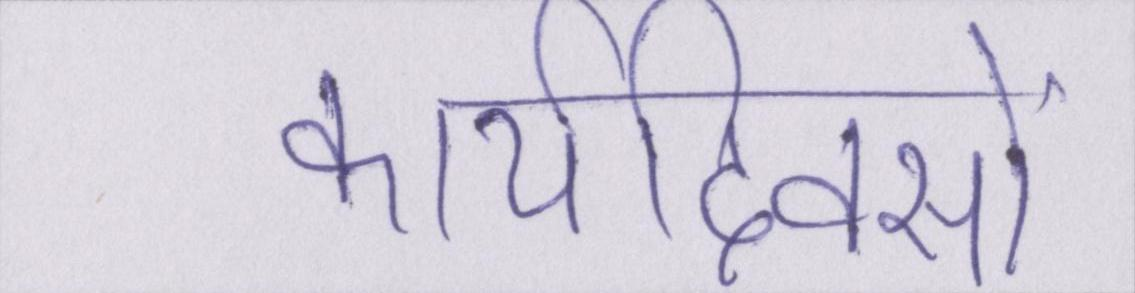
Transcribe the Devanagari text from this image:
कार्यदिवसों